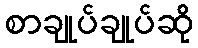
စာချုပ်ချုပ်ဆို